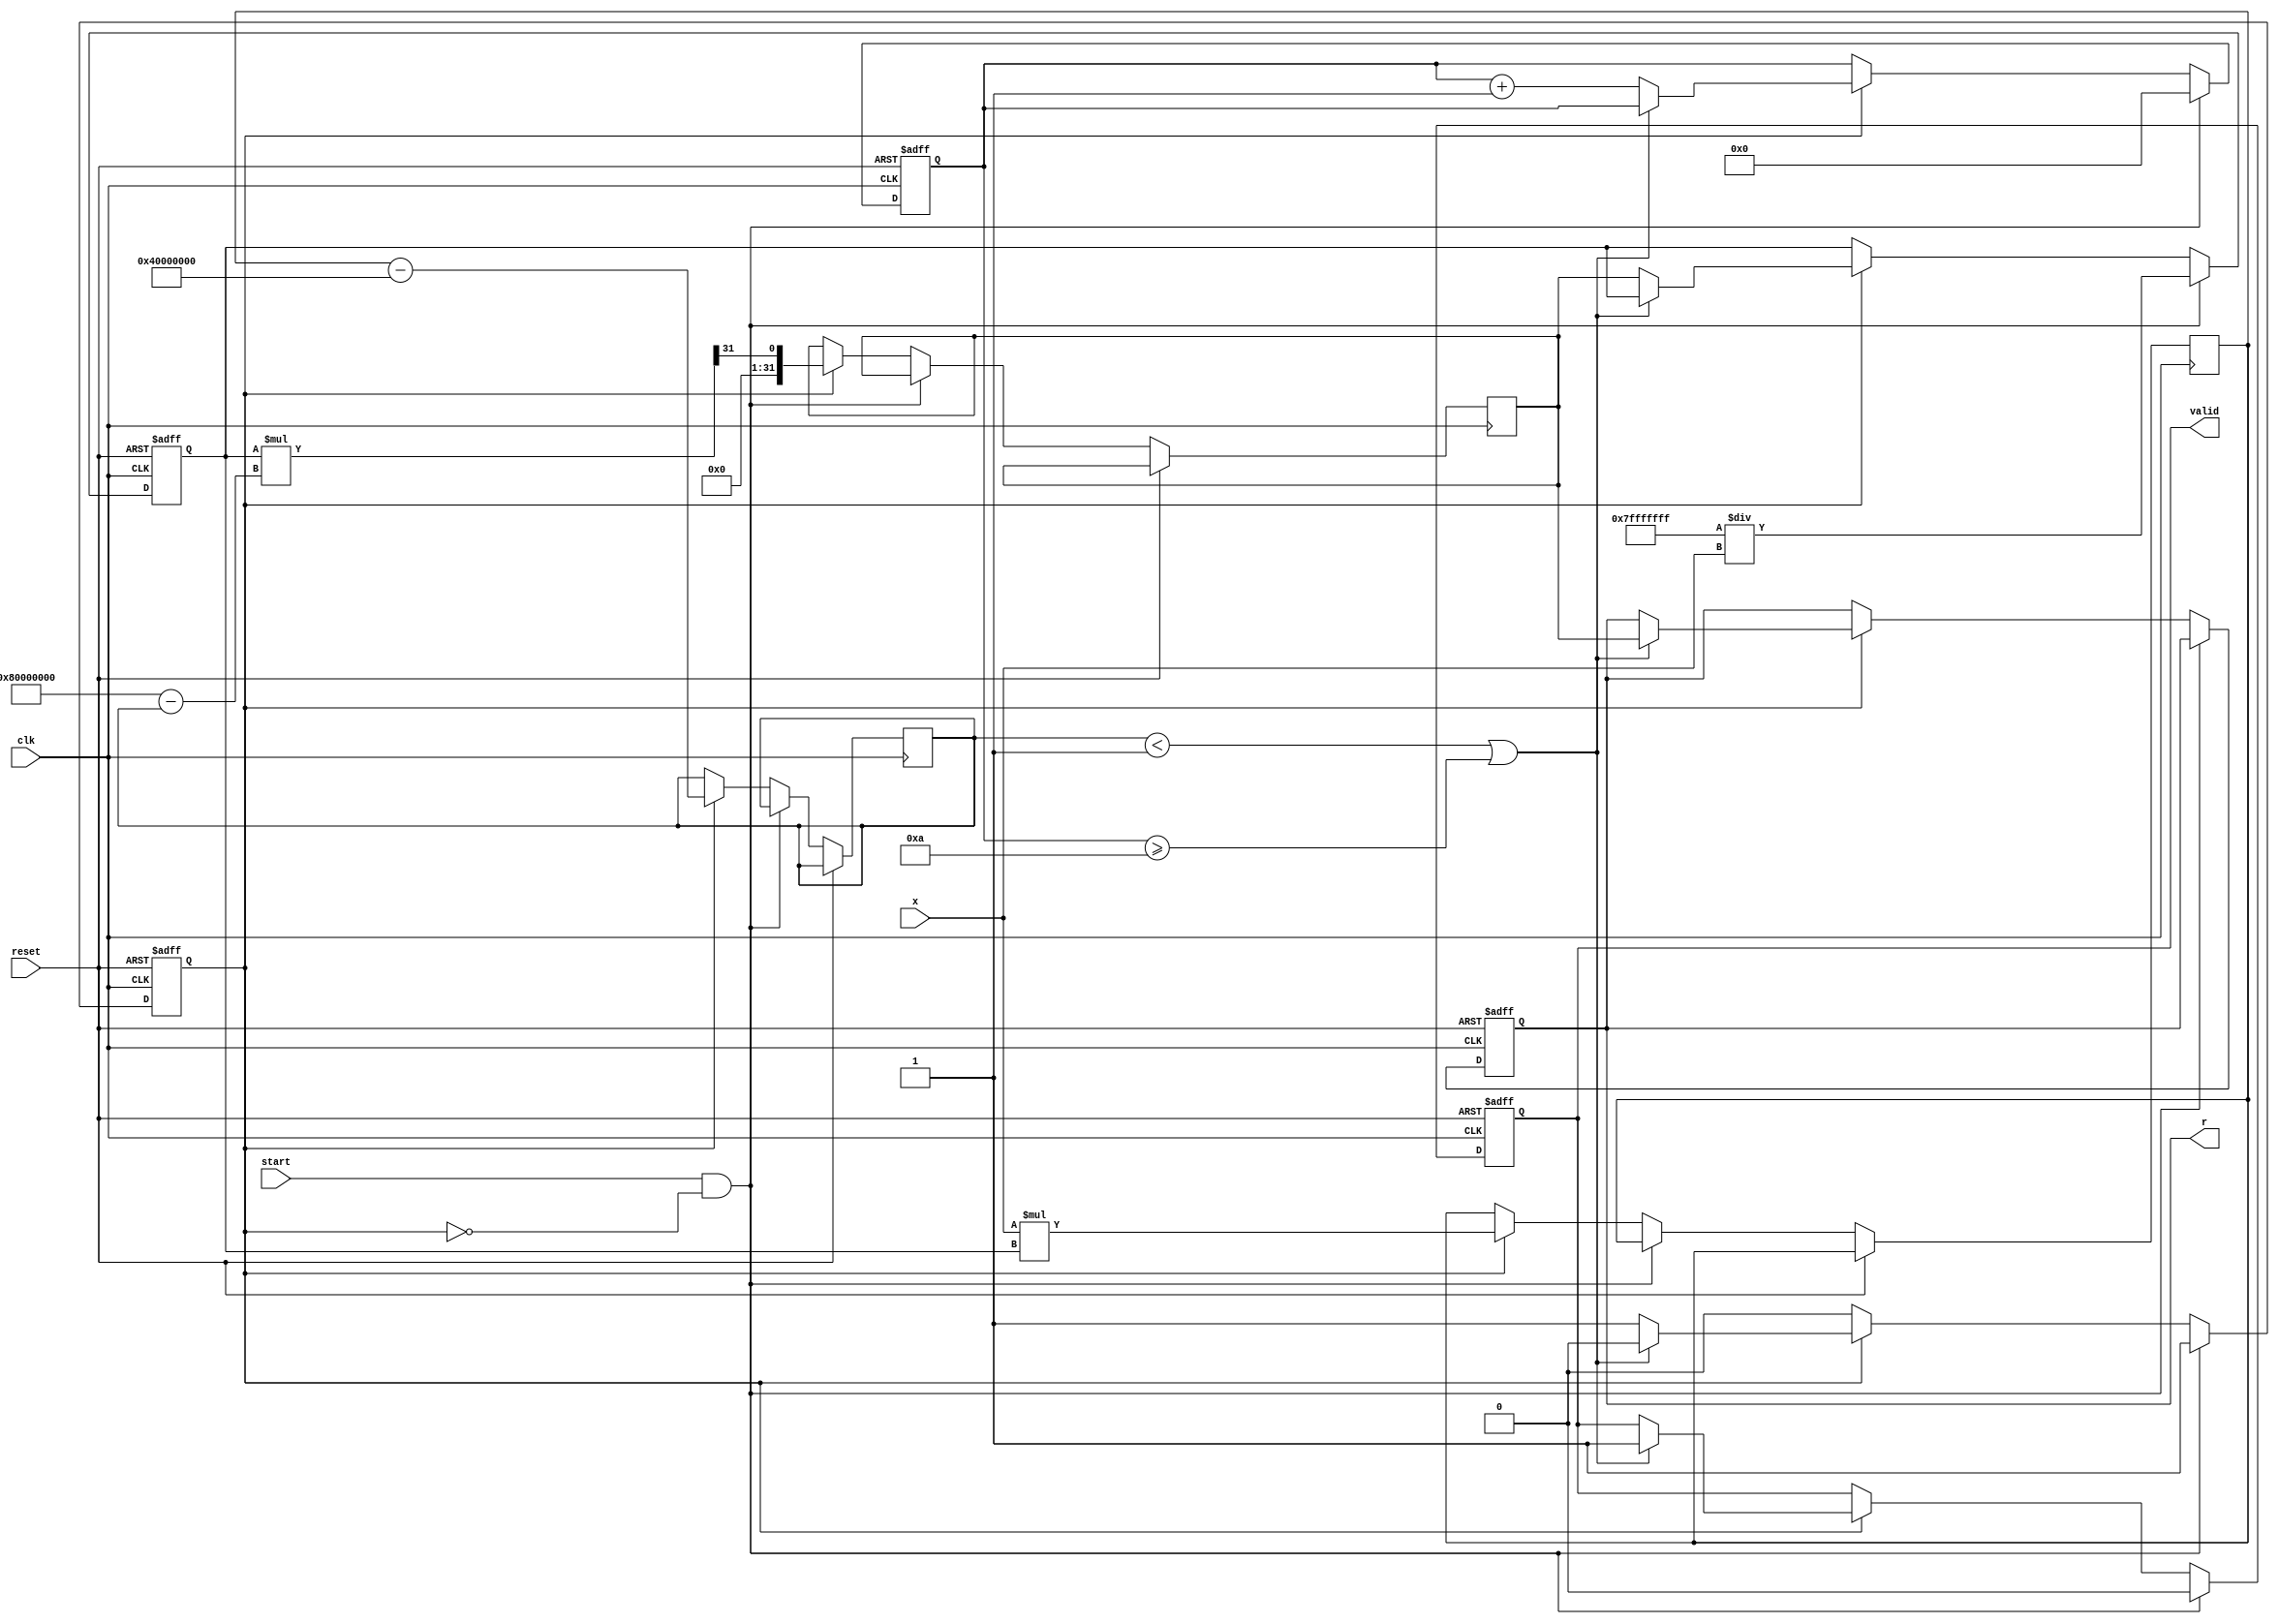
module iterative_reciprocal (
    input  wire        clk,
    input  wire        reset,
    input  wire        start,
    input  wire [31:0] x,          // Input value: Q1.31 format
    output reg  [31:0] r,          // Reciprocal result: Q1.31 format
    output reg         valid        // Output valid signal
);

    // Internal Parameters
    localparam MAX_ITERATIONS = 10;  // Maximum iterations for convergence
    localparam THRESHOLD = 32'h00000001; // Convergence threshold (1e-6 approx)

    // Internal Registers
    reg [31:0] current_estimate; // Current estimate of the reciprocal
    reg [31:0] next_estimate;     // Next estimate for the reciprocal
    reg [31:0] product;           // Product of x and current estimate
    reg [31:0] difference;        // Difference for convergence check
    reg [3:0] iteration_count;    // Count of iterations
    reg computing;                // Computing state

    // Control Logic
    always @(posedge clk or posedge reset) begin
        if (reset) begin
            r <= 32'b0;
            valid <= 0;
            current_estimate <= 32'b0;
            iteration_count <= 4'b0;
            computing <= 0;
        end else begin
            if (start && !computing) begin
                // Initialization on start
                current_estimate <= 32'h7FFFFFFF / x;  // Initial guess (1/X)
                iteration_count <= 4'b0;
                computing <= 1;
                valid <= 0; // Not valid until computation is done
            end else if (computing) begin
                // Iterative process
                product <= x * current_estimate; // Calculate X * current_estimate
                difference <= product - 32'h40000000; // 1 in Q1.31 is 0x40000000

                // Update next estimate using Newton-Raphson
                next_estimate <= current_estimate * (32'h80000000 - difference) >> 31; // 1 - (X * estimate)

                // Check convergence
                if (difference < THRESHOLD || iteration_count >= MAX_ITERATIONS) begin
                    r <= next_estimate; // Final result
                    valid <= 1;         // Result is valid
                    computing <= 0;     // Stop computing
                end else begin
                    current_estimate <= next_estimate; // Update for next iteration
                    iteration_count <= iteration_count + 1; // Increment iteration count
                end
            end
        end
    end

endmodule